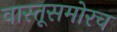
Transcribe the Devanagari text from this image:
वास्तूसमोरच